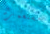
مستعمرة